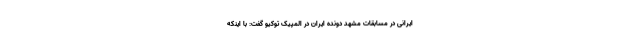
ایرانی در مسابقات مشهد دونده ایران در المپیک توکیو گفت: با اینکه